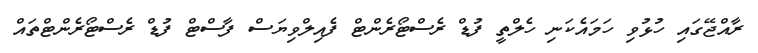
ރާއްޖޭގައި ހުޅުވި ހަމައެކަނި ހެލްތީ ފުޑް ރެސްޓޯރެންޓް ފެއިލްވިޔަސް ފާސްޓް ފުޑް ރެސްޓޯރެންޓްތައް